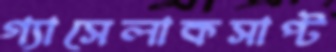
গ্যাসেলাকসাপ্ট